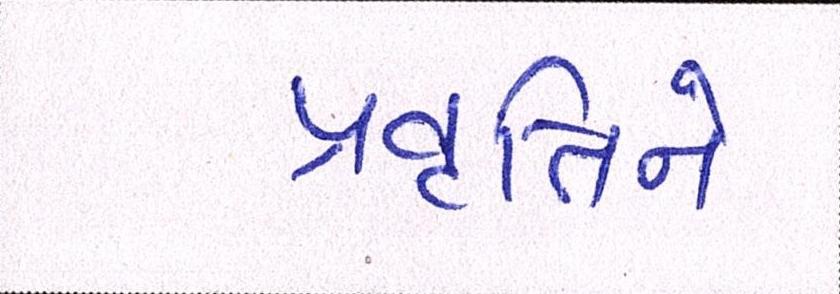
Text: પ્રવૃતિને